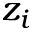
z _ { i }